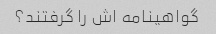
گواهینامه اش را گرفتند؟